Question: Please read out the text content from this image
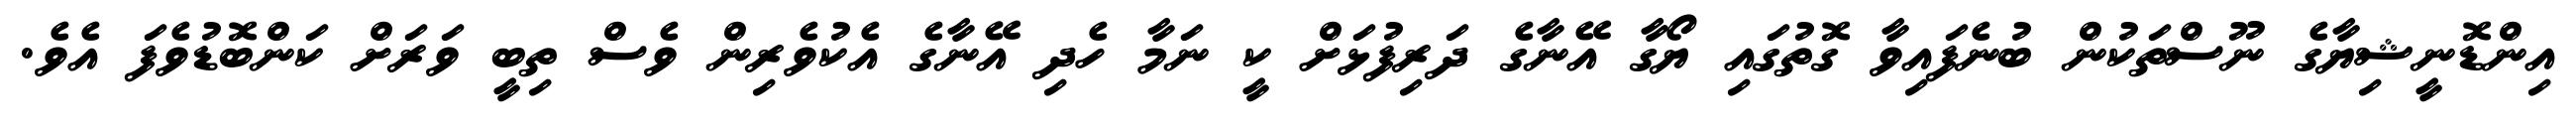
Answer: އިންޑޮނީޝިޔާގެ ނޫސްތަކުން ބުނެފައިވާ ގޮތުގައި ޔޯގާ އޭނާގެ ދަރިފުޅަށް ކީ ނަމާ ހެދި އޭނާގެ އެކުވެރިން ވެސް ތިބީ ވަރަށް ކަންބޮޑުވެފަ އެވެ.